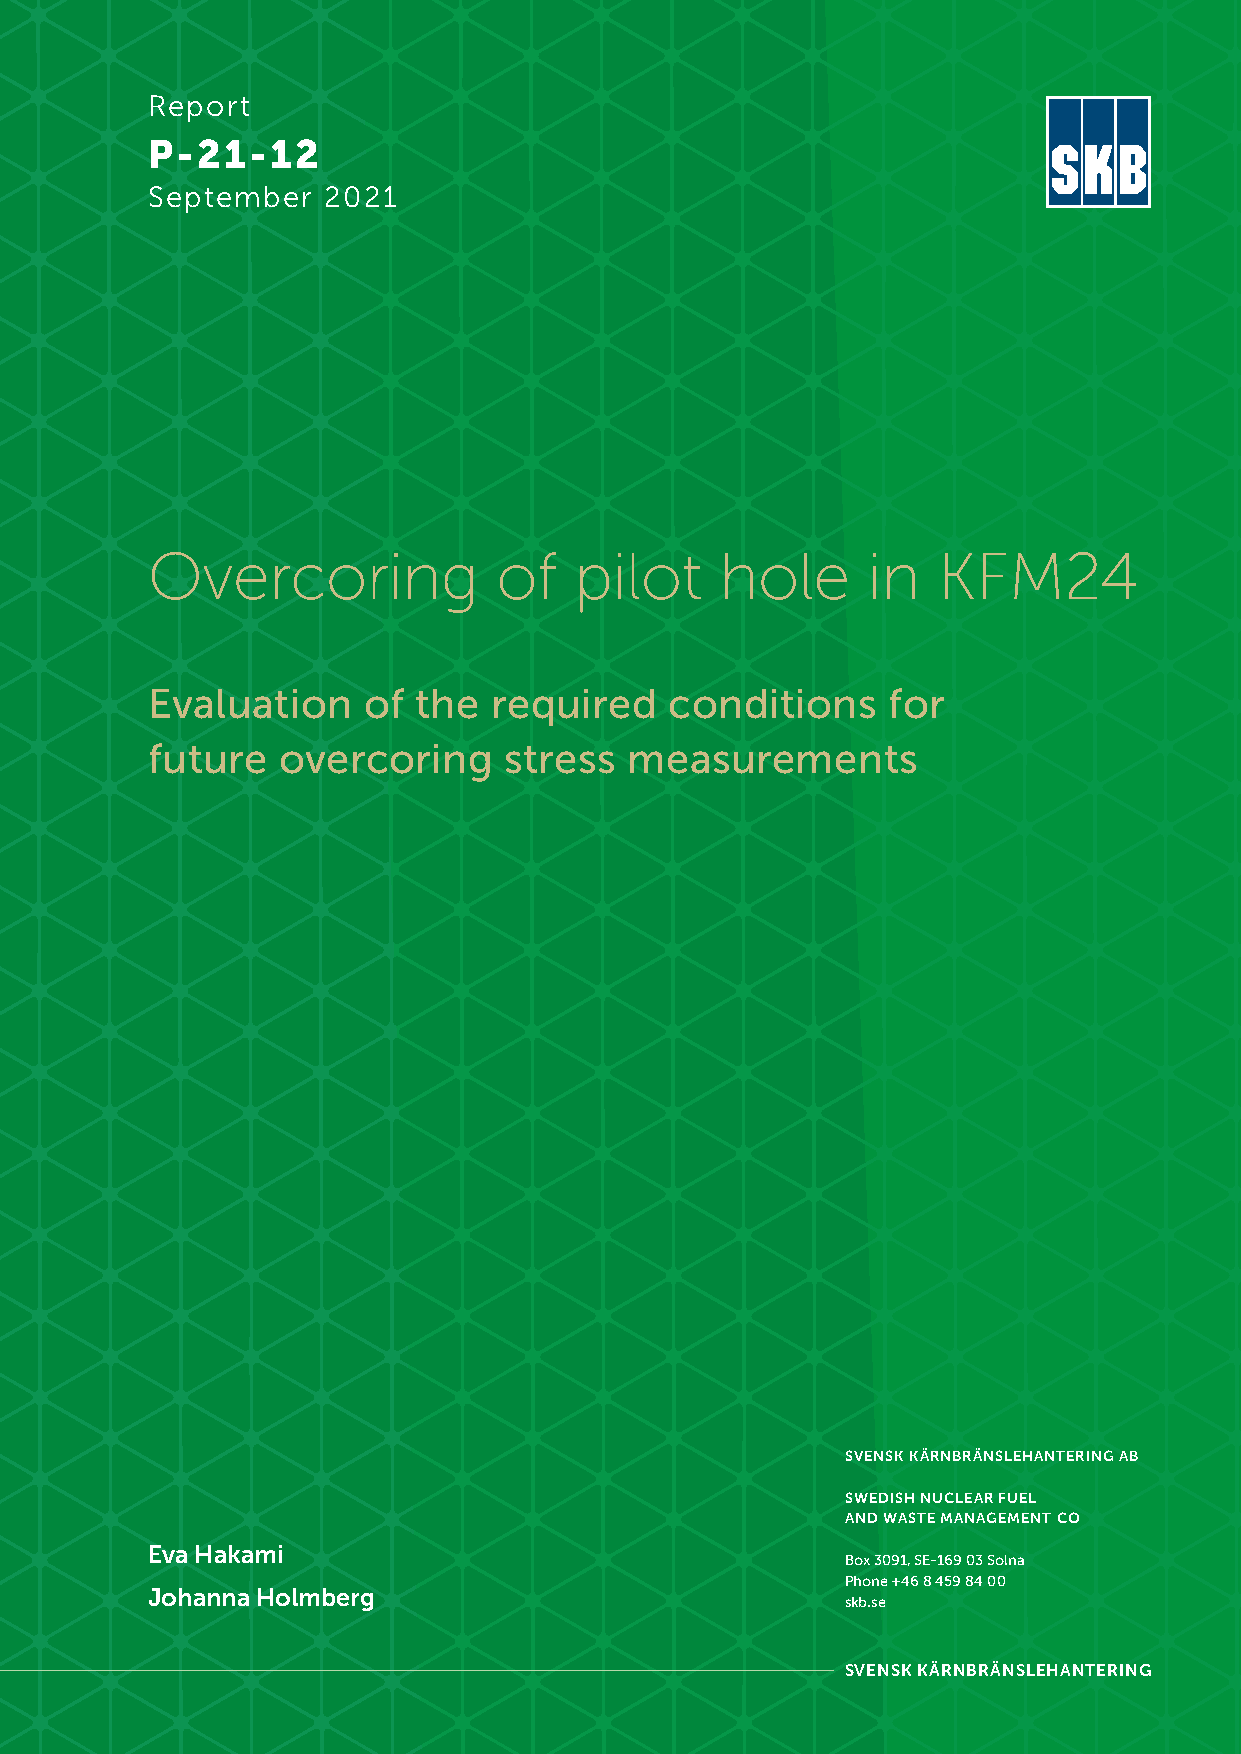
Report
 P-21-12
 September  2021
 Overcoring             of   pilot     hole     in   KFM24
 Evaluation    of the   required   conditions     for
 future  overcoring     stress   measurements
 SVENSK KÄRNBRÄNSLEHANTERING AB
 SWEDISH NUCLEAR FUEL
 AND WASTE MANAGEMENT CO
 Eva Hakami
 Box 3091, SE-169 03 Solna
 Phone +46 8 459 84 00
 Johanna Holmberg
 skb.se
 SVENSK KÄRNBRÄNSLEHANTERING
 e